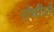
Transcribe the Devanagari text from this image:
रोबीले